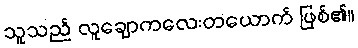
သူသည် လူချောကလေးတယောက် ဖြစ်၏။